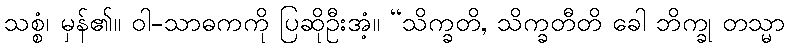
သစ္စံ၊ မှန်၏။ ဝါ-သာဓကကို ပြဆိုဦးအံ့။ “သိက္ခတိ, သိက္ခတီတိ ခေါ ဘိက္ခု တသ္မာ